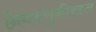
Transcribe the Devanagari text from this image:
निवडणुकीबद्दल